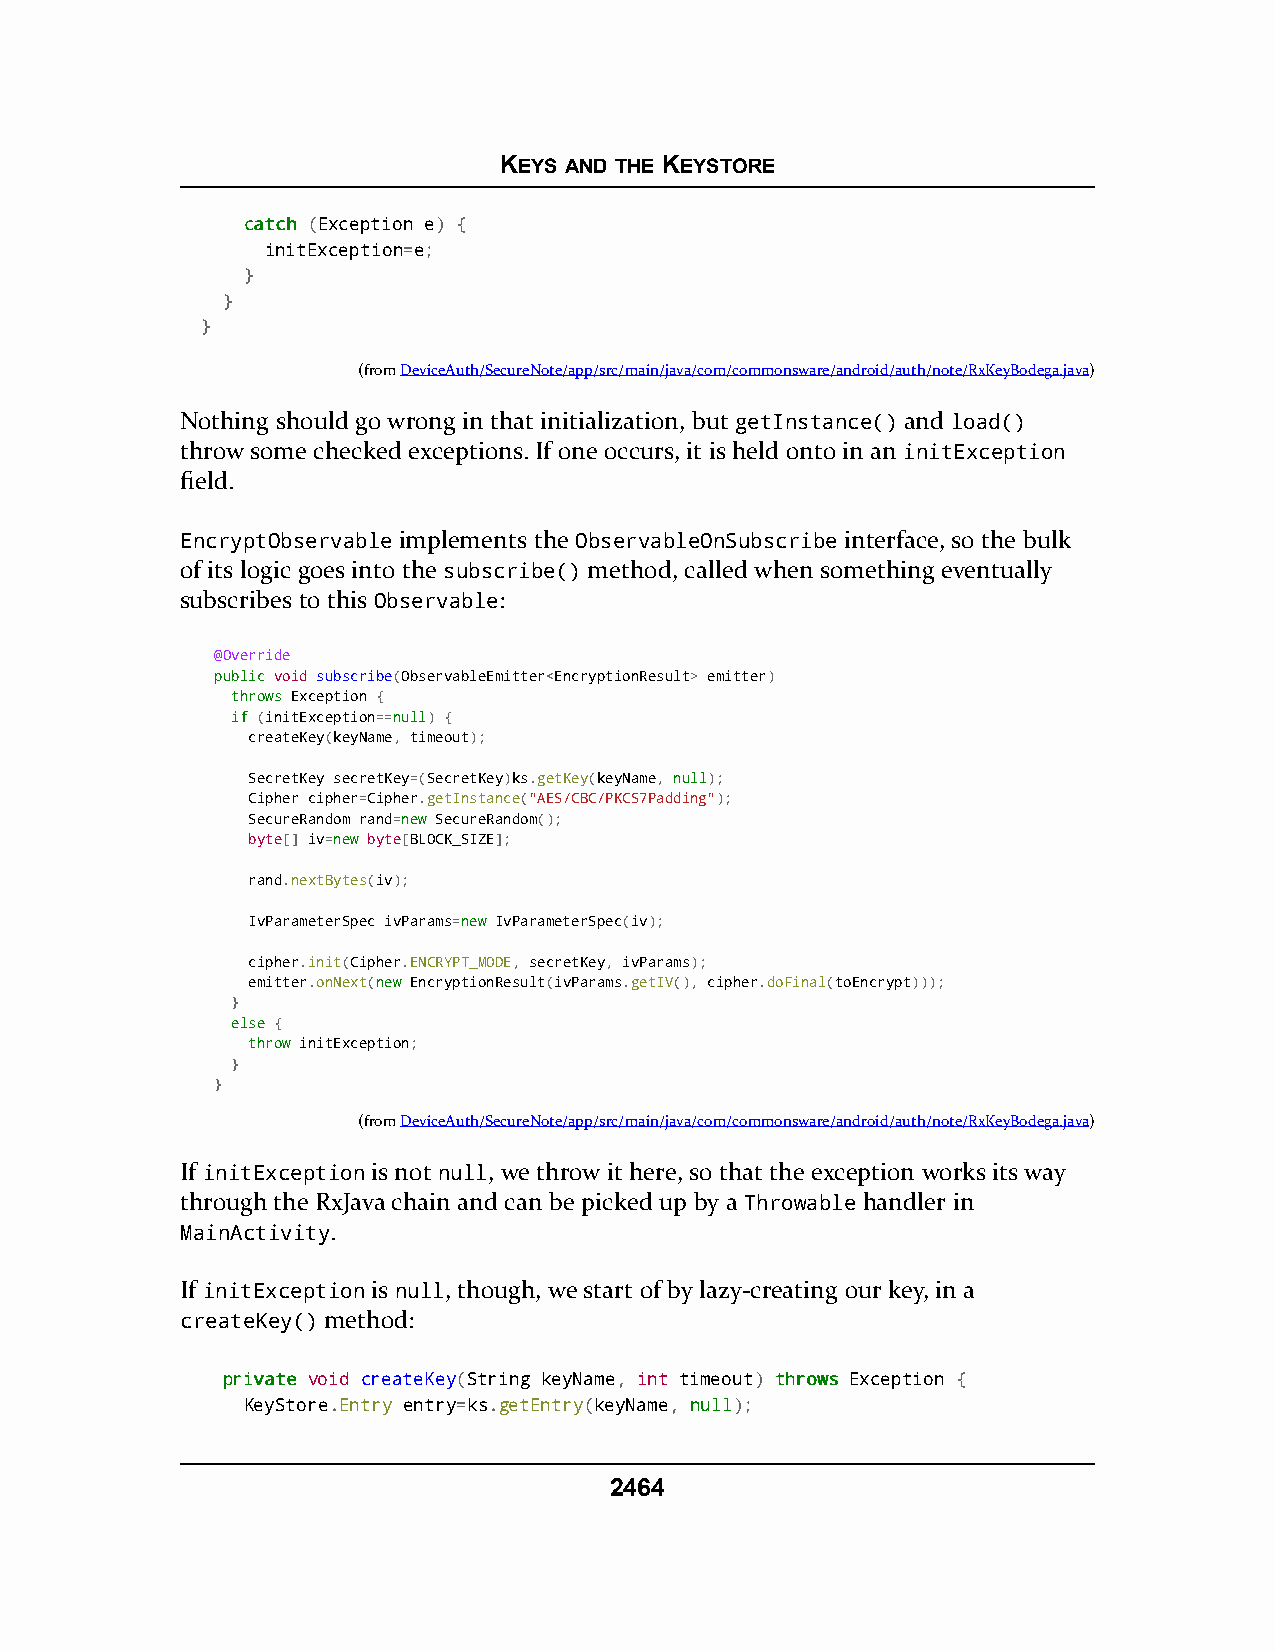
KEYS AND THE KEYSTORE
 ccaattcchh (Exception e) {
 initException=e;
 }
 }
 }
 (fromDeviceAuth/SecureNote/app/src/main/java/com/commonsware/android/auth/note/RxKeyBodega.java)
 Nothing should go wrong in that initialization, but getInstance() and load()
 throw some checked exceptions. If one occurs, it is held onto in an initException
 field.
 EncryptObservable implements the ObservableOnSubscribe interface, so the bulk
 of its logic goes into the subscribe() method, called when something eventually
 subscribes to this Observable:
 @Override
 ppuubblliicc void subscribe(ObservableEmitter<EncryptionResult> emitter)
 tthhrroowwss Exception {
 iiff (initException==nnuullll) {
 createKey(keyName, timeout);
 SecretKey secretKey=(SecretKey)ks.getKey(keyName, nnuullll);
 Cipher cipher=Cipher.getInstance("AES/CBC/PKCS7Padding");
 SecureRandom rand=nneeww SecureRandom();
 byte[] iv=nneeww byte[BLOCK_SIZE];
 rand.nextBytes(iv);
 IvParameterSpec ivParams=nneeww IvParameterSpec(iv);
 cipher.init(Cipher.ENCRYPT_MODE, secretKey, ivParams);
 emitter.onNext(nneeww EncryptionResult(ivParams.getIV(), cipher.doFinal(toEncrypt)));
 }
 eellssee {
 tthhrrooww initException;
 }
 }
 (fromDeviceAuth/SecureNote/app/src/main/java/com/commonsware/android/auth/note/RxKeyBodega.java)
 If initException is not null, we throw it here, so that the exception works its way
 through the RxJava chain and can be picked up by a Throwable handler in
 MainActivity.
 If initException is null, though, we start of by lazy-creating our key, in a
 createKey() method:
 pprriivvaattee void createKey(String keyName, int timeout) tthhrroowwss Exception {
 KeyStore.Entry entry=ks.getEntry(keyName, nnuullll);
 2464